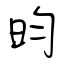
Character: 昀